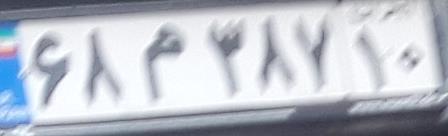
۶۸م۳۸۷۱۰